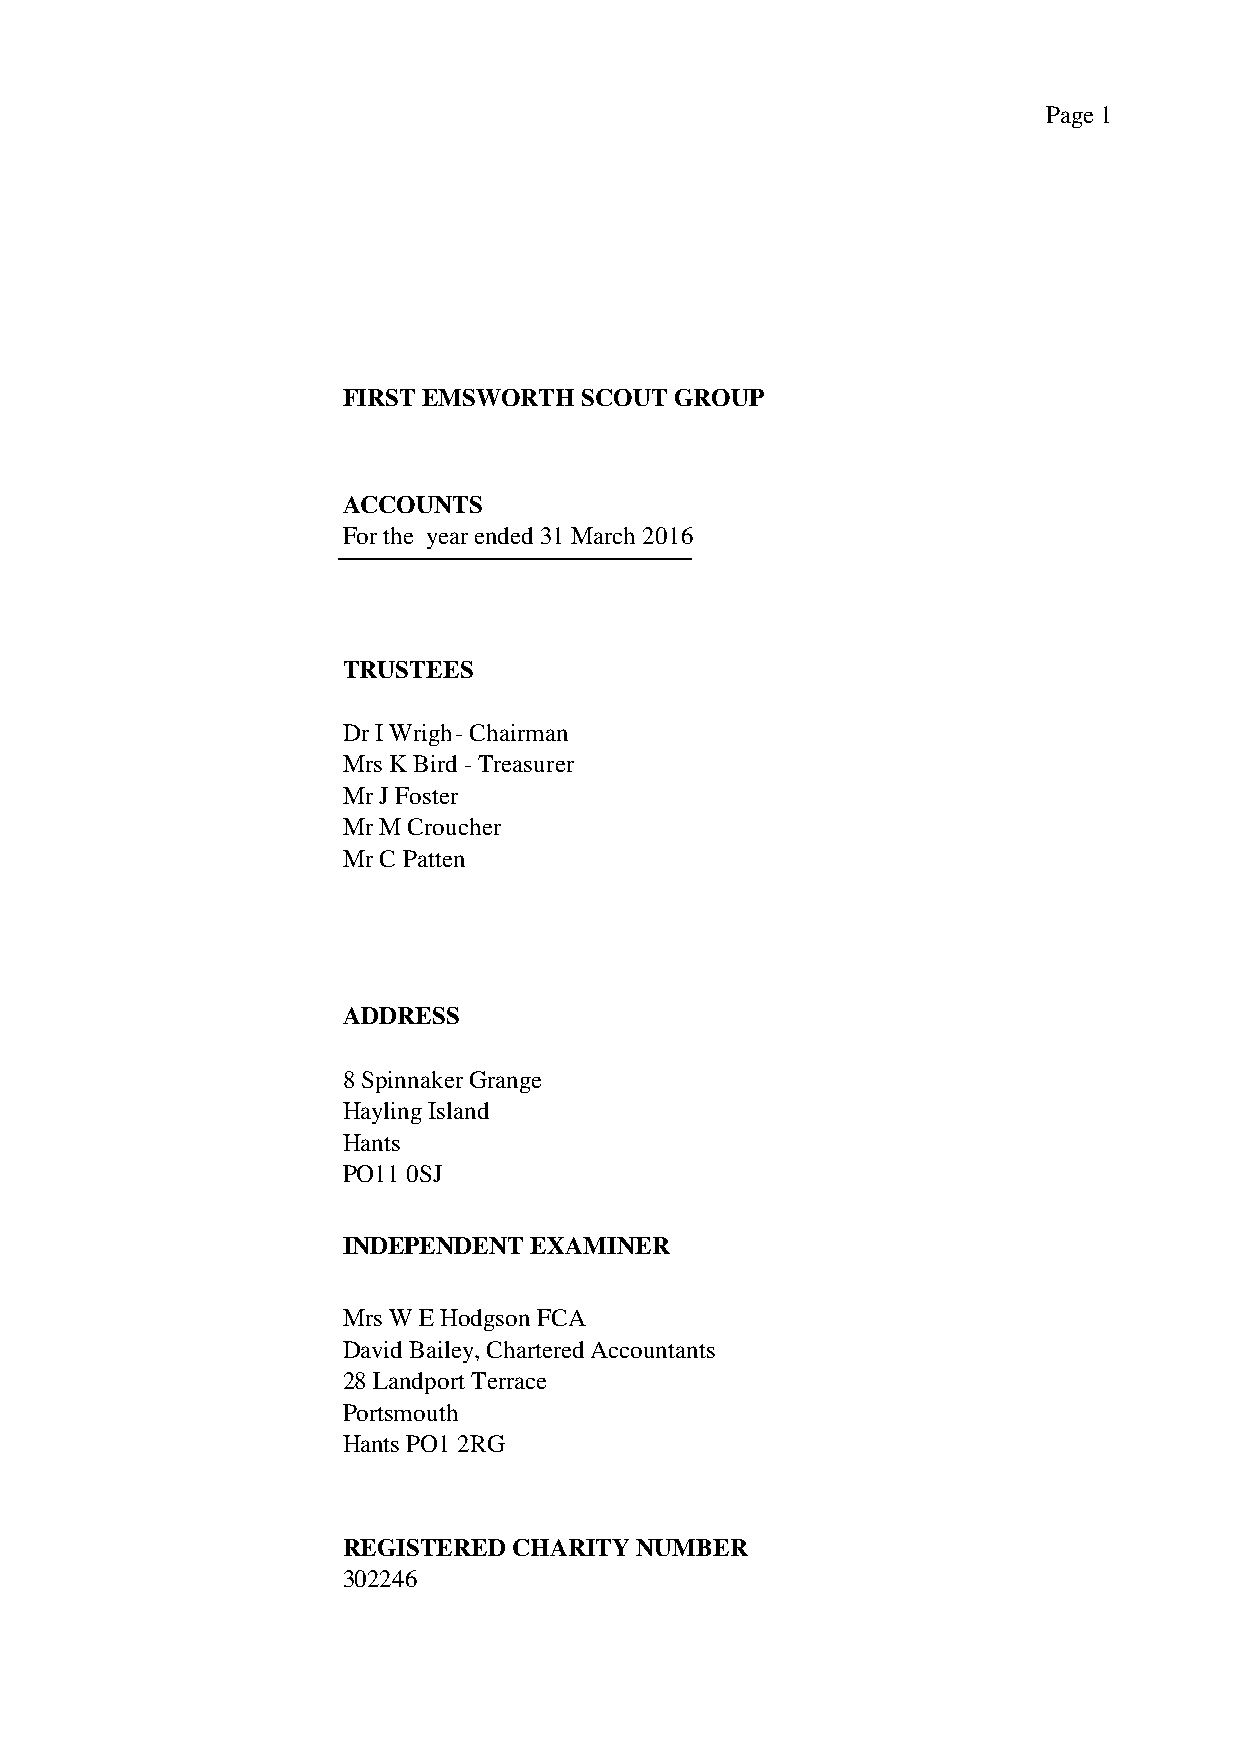
Page 1
 FIRST EMSWORTH  SCOUT GROUP
 ACCOUNTS
 For the year ended 31 March 2016
 .
 TRUSTEES
 Dr I Wright- Chairman
 Mrs K Bird - Treasurer
 Mr J Foster
 Mr M Croucher
 Mr C Patten
 ADDRESS
 8 Spinnaker Grange
 Hayling Island
 Hants
 PO11 0SJ
 INDEPENDENT EXAMINER
 Mrs W E Hodgson FCA
 David Bailey, Chartered Accountants
 28 Landport Terrace
 Portsmouth
 Hants PO1 2RG
 REGISTERED CHARITY NUMBER
 302246